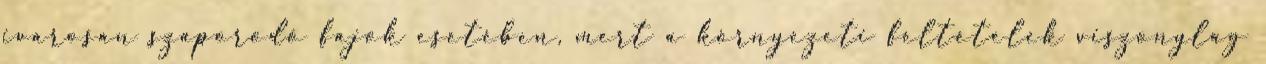
ivarosan szaporodó fajok esetében, mert a környezeti feltételek viszonylag